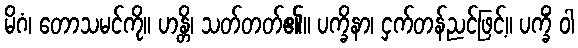
မိဂံ၊ တောသမင်ကို။ ဟန္တိ၊ သတ်တတ်၏။ ပက္ခိနာ၊ ငှက်တန်ညင်ဖြင့်။ ပက္ခိံ ဝါ